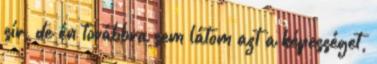
sír, de én továbbra sem látom azt a képességet,